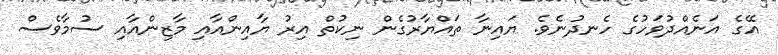
އޭގެ އަނެއްދުވަހުގެ ހެނދުނެވެ. ޔައިނާ ތައްޔާރުގެން ނިކުތް އިރު ޔާއިންއާއި މާޒިންއާއި ސުމާވެސް